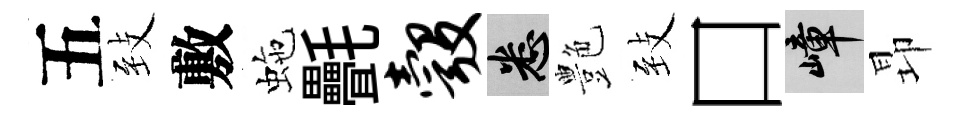
五𦤺敷虵㲲彀悉艶𦤺口嶂昻